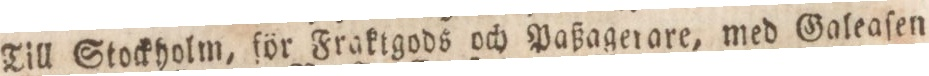
Till Stockholm, för Fraktgods och Paßagerare, med Galeaſen